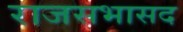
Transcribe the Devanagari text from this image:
राजसभासद